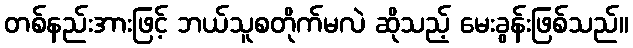
တစ်နည်းအားဖြင့် ဘယ်သူစတိုက်မလဲ ဆိုသည့် မေးခွန်းဖြစ်သည်။